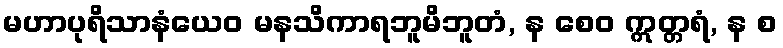
မဟာပုရိသာနံယေဝ မနသိကာရဘူမိဘူတံ, န စေဝ ဣတ္တရံ, န စ